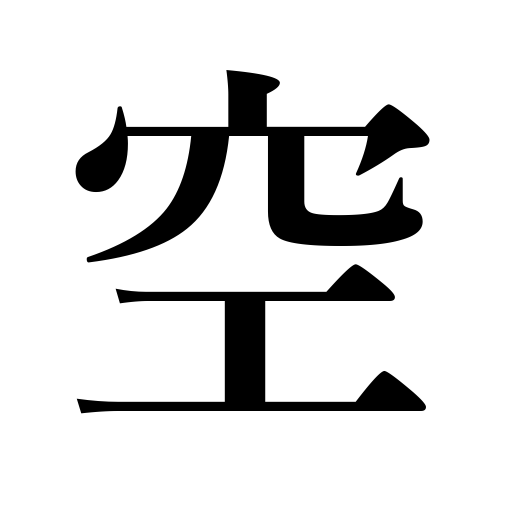
Meanings: emptiness,heavens,air,empty,memory,absent-mindedness,unreality,become empty,void,hollow,vanity,sky,be less crowded,weather